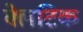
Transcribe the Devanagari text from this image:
क्लेटिक